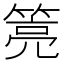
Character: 𰪎